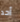
أحد